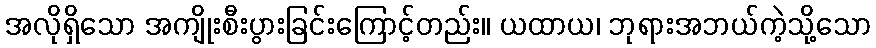
အလိုရှိသော အကျိုးစီးပွားခြင်းကြောင့်တည်း။ ယထာယ၊ ဘုရားအဘယ်ကဲ့သို့သော